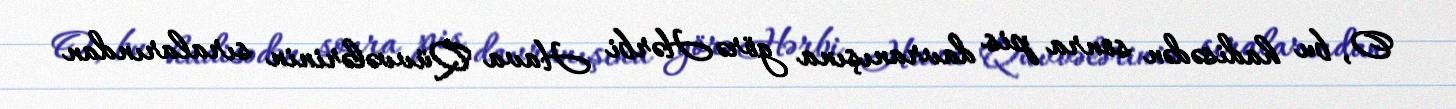
O, bu hadisədən sonra pis davranışına görə Hərbi Hava Qüvvələrinin sıralarından